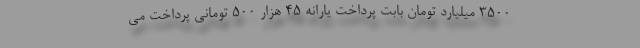
۳۵۰۰ میلیارد تومان بابت پرداخت یارانه ۴۵ هزار ۵۰۰ تومانی پرداخت می